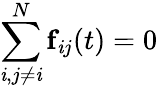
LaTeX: \sum_{\mathit{i},j\neq\mathit{i}}^{N}\textbf{{f}}_{\mathit{i}j}(t)=0